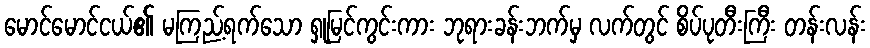
မောင်မောင်ငယ်၏ မကြည့်ရက်သော ရှုမြင်ကွင်းကား ဘုရားခန်းဘက်မှ လက်တွင် စိပ်ပုတီးကြီး တန်းလန်း